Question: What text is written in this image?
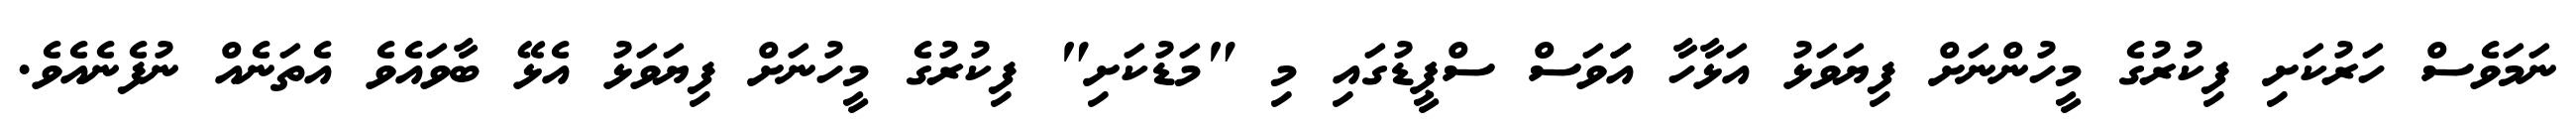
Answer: ނަމަވެސް ހަރުކަށި ފިކުރުގެ މީހުންނަށް ފިޔަވަޅު އަޅާހާ އަަވަސް ސްޕީޑުގައި މި "މަޑުކަށި" ފިކުރުގެ މީހުނަށް ފިޔަވަޅު އެޅޭ ބާވައެވެ އެތަނެއް ނުފެނެއެވެ.